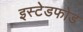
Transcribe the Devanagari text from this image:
इस्टेडफोड